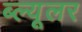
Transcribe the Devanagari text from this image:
ब्ल्यूलर